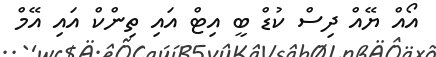
އޯއް ޔޭއް ދިސް ކުޑް ބީ އިޓް އައި ތިންކް އައި އޭމް